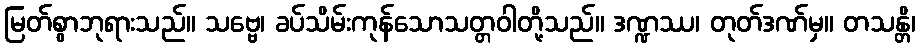
မြတ်စွာဘုရားသည်။ သဗ္ဗေ၊ ခပ်သိမ်းကုန်သောသတ္တဝါတို့သည်။ ဒဏ္ဍဿ၊ တုတ်ဒဏ်မှ။ တသန္တိ၊